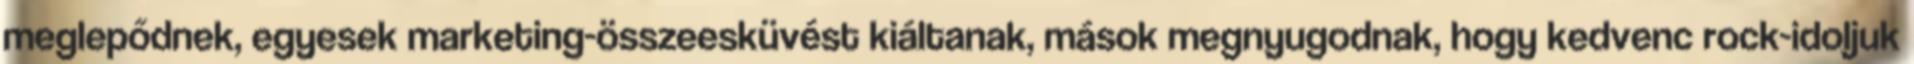
meglepődnek, egyesek marketing-összeesküvést kiáltanak, mások megnyugodnak, hogy kedvenc rock-idoljuk